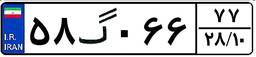
۵۸گ۰۶۶۷۷